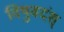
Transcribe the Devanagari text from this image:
विषुवदंश्